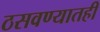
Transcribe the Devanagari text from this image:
ठसवण्यातही